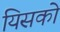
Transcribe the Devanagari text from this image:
यिसको